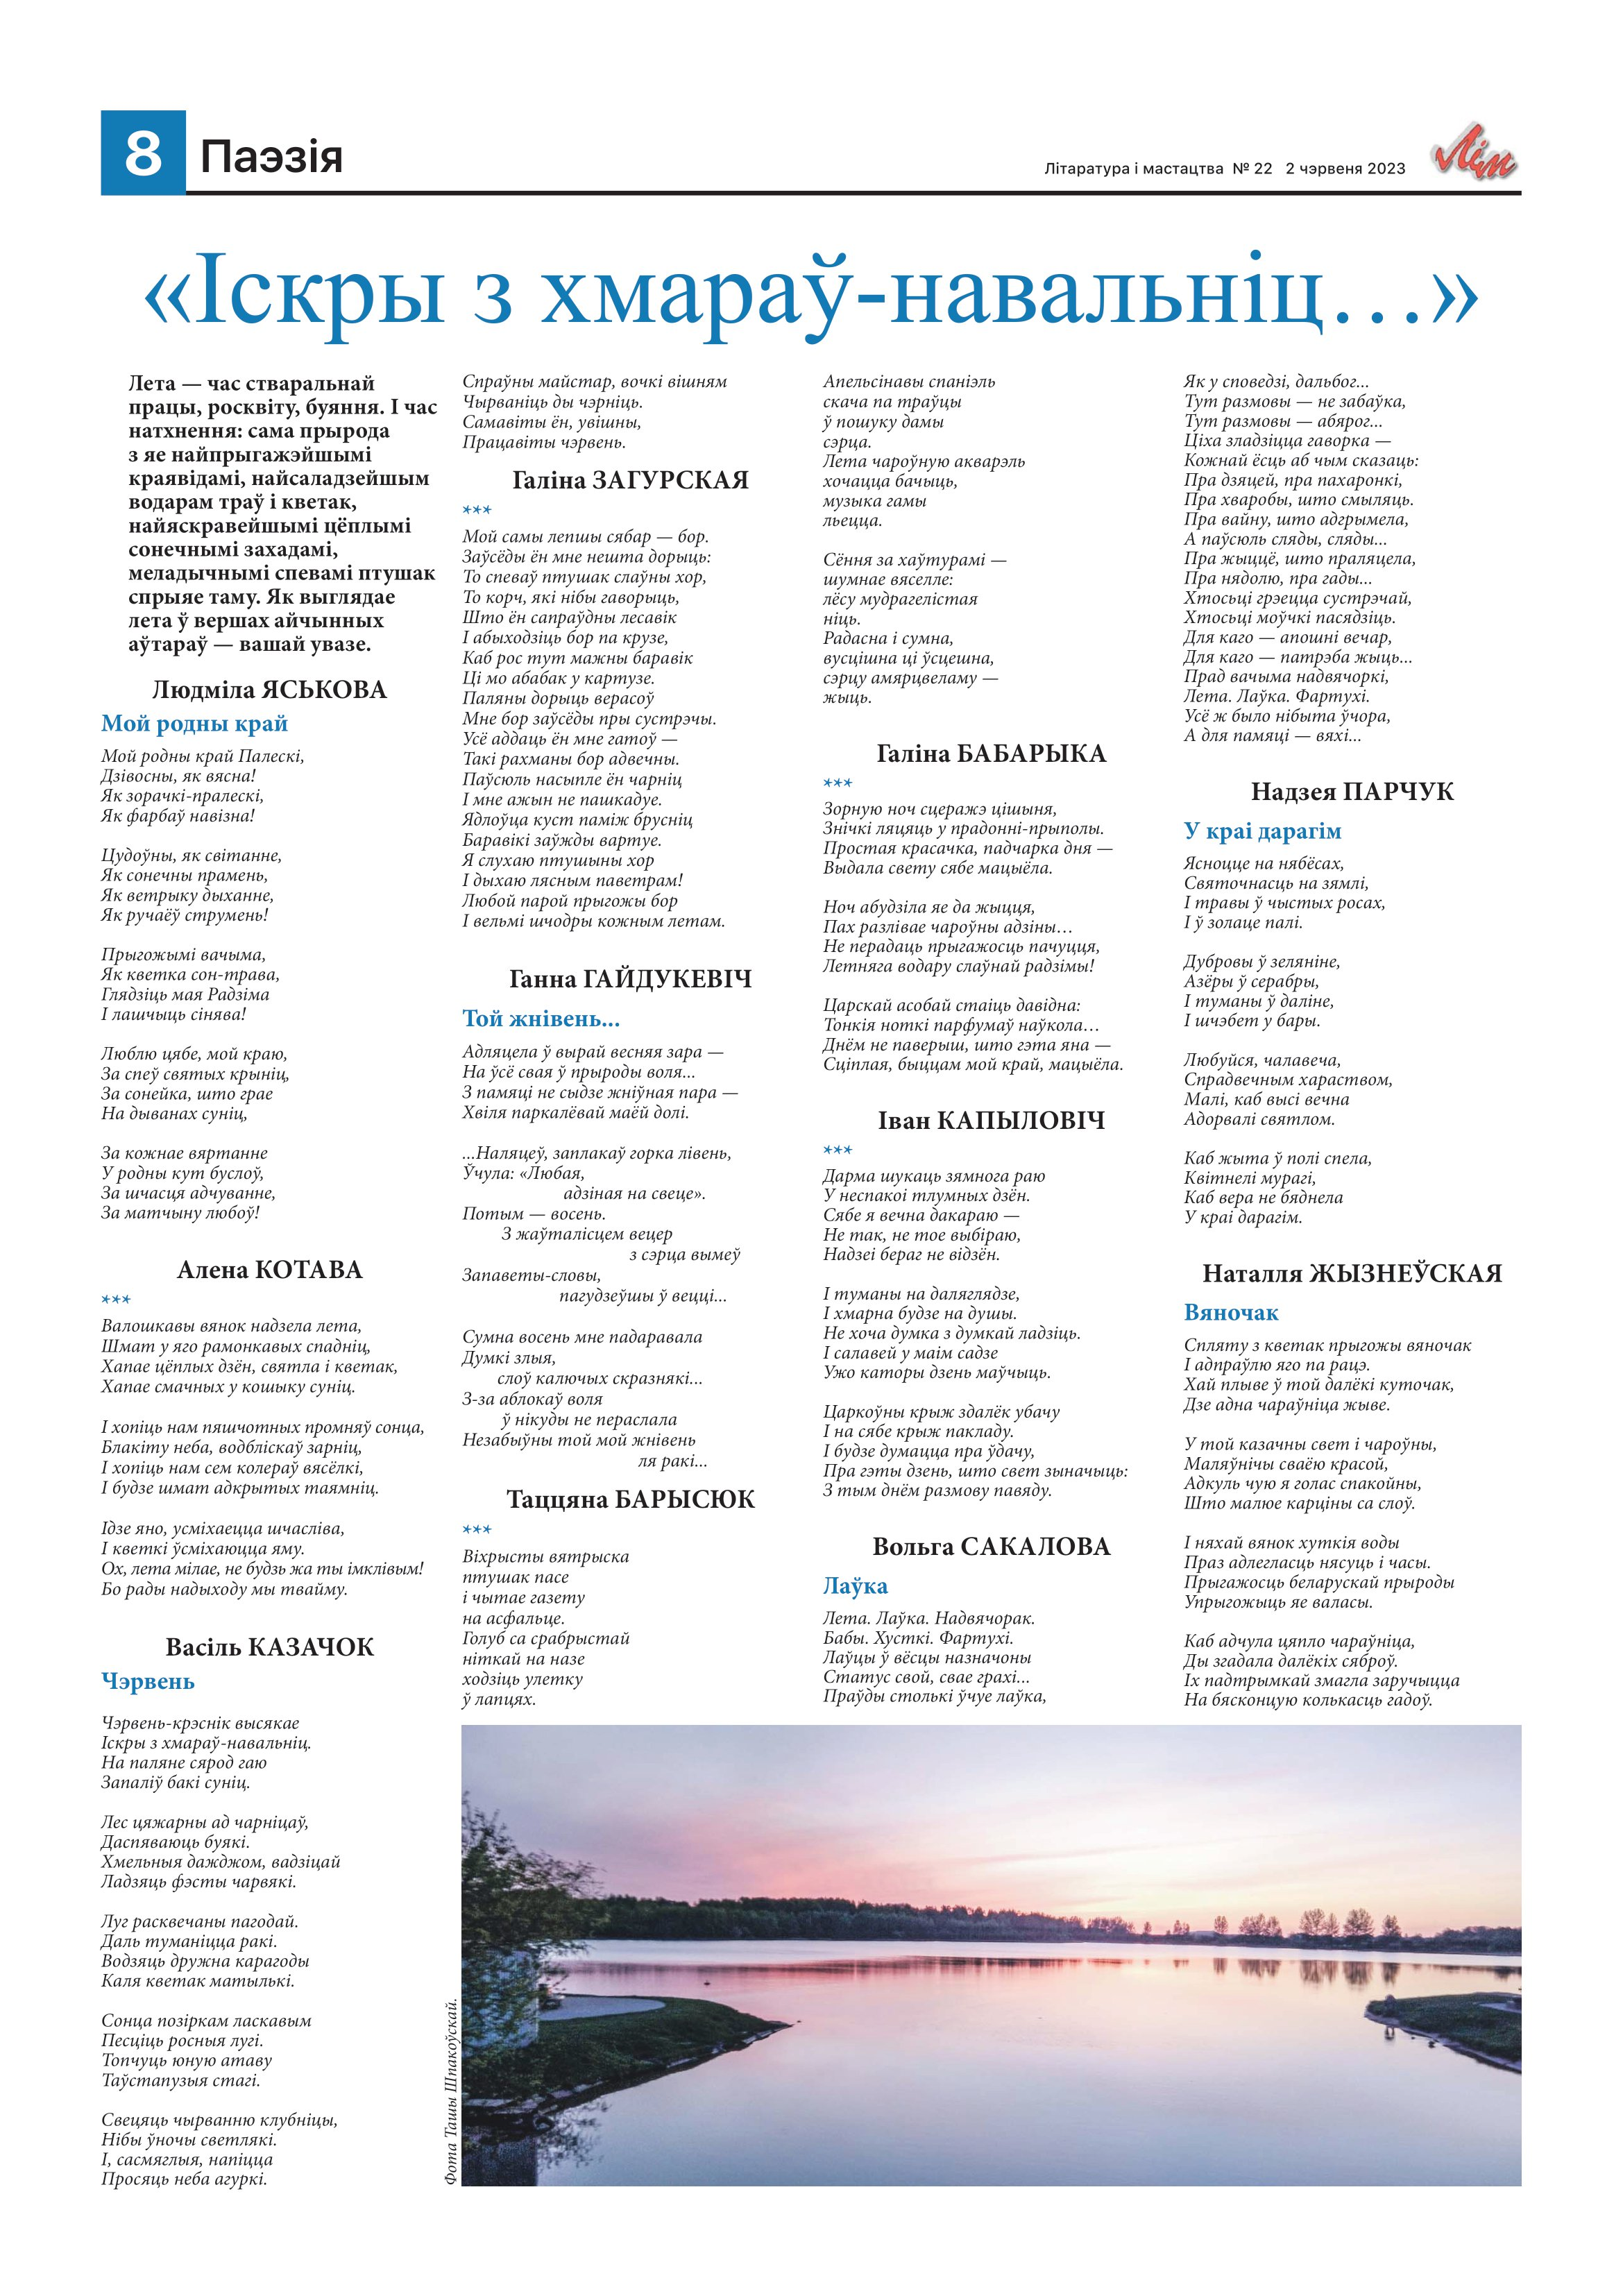
Language: be